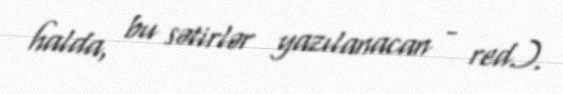
halda, bu sətirlər yazılanacan - red.).